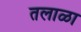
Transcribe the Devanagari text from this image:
तलाळा